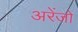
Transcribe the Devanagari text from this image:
अरेंजो